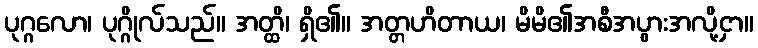
ပုဂ္ဂလော၊ ပုဂ္ဂိုလ်သည်။ အတ္ထိ၊ ရှိ၏။ အတ္တဟိတာယ၊ မိမိ၏အစီအပွားအလို့ငှာ။